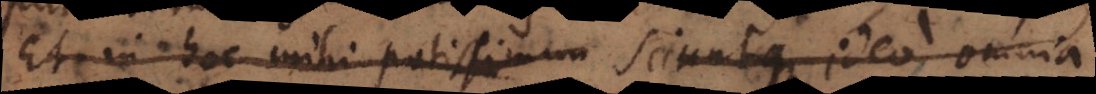
Et in hoc mihi potissimum; sciuntque ideo omnia